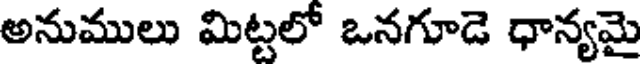
అనుములు మిట్టలో ఒనగూడె ధాన్యమై